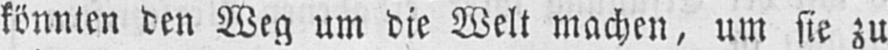
könnten den Weg um die Welt machen, um sie zu